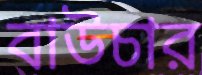
বাউচার